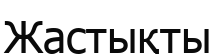
Жастықты